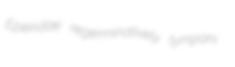
Epeiridae regerminatively tympani